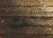
انت